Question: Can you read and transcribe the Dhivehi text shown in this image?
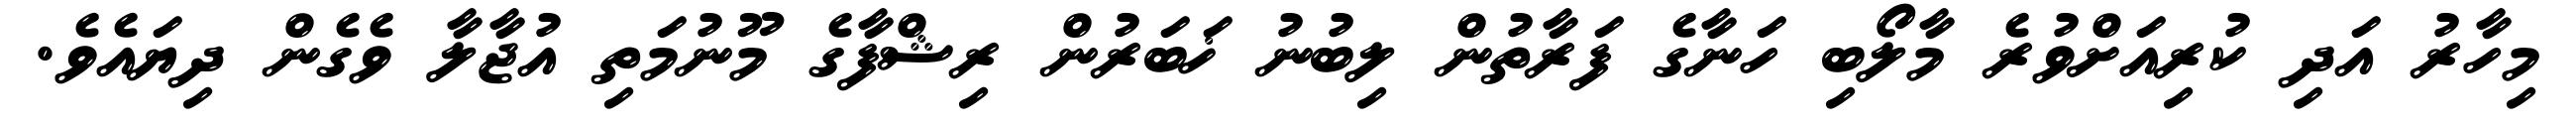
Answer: މިހާރު އަދި ކުރިއަށްވުރެ މާލޯބި ހަނާގެ ފަރާތުން ލިބުނު ޚަބަރުން ރިޝްފާގެ މޫނުމަތި އުޖާލާ ވެގެން ދިޔައެވެ.